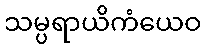
သမ္ပရာယိကံယေဝ